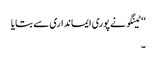
‘‘ ٹینگو نے پوری ایمانداری سے بتایا
۔